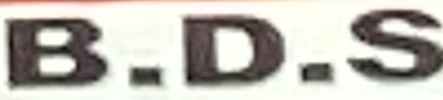
B.D.S